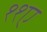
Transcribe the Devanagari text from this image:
११ए